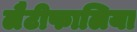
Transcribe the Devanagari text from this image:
लैटीफालिया